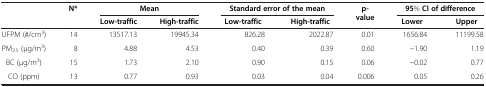
<table><thead><tr><td><b> </b></td><td><b>N*</b></td><td colspan="2"><b>Mean</b></td><td colspan="2"><b>Standard error of the mean</b></td><td><b>p-value</b></td><td colspan="2"><b>95% CI of difference</b></td></tr><tr><td><b> </b></td><td><b> </b></td><td><b>Low-traffic</b></td><td><b>High-traffic</b></td><td><b>Low-traffic</b></td><td><b>High-traffic</b></td><td><b> </b></td><td><b>Lower</b></td><td><b>Upper</b></td></tr></thead><tbody><tr><td>UFPM (#/cm<sup>3</sup>)</td><td>14</td><td>13517.13</td><td>19945.34</td><td>826.28</td><td>2022.87</td><td>0.01</td><td>1656.84</td><td>11199.58</td></tr><tr><td>PM<sub>2.5</sub> (μg/m<sup>3</sup>)</td><td>8</td><td>4.88</td><td>4.53</td><td>0.40</td><td>0.39</td><td>0.60</td><td>−1.90</td><td>1.19</td></tr><tr><td>BC (μg/m<sup>3</sup>)</td><td>15</td><td>1.73</td><td>2.10</td><td>0.90</td><td>0.15</td><td>0.06</td><td>−0.02</td><td>0.77</td></tr><tr><td>CO (ppm)</td><td>13</td><td>0.77</td><td>0.93</td><td>0.03</td><td>0.04</td><td>0.006</td><td>0.05</td><td>0.26</td></tr></tbody></table>